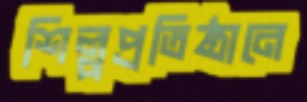
শিল্পপ্রতিষ্ঠানে